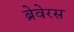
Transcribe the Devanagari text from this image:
ब्रेवेरस